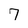
Character: 7